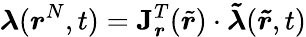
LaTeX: \boldsymbol{\lambda}(\boldsymbol{r}^{N},t)=\mathbf{J}_{\boldsymbol{r}}^{T}(\tilde{\boldsymbol{r}})\cdot\boldsymbol{\tilde{\lambda}}(\boldsymbol{\tilde{r}},t)